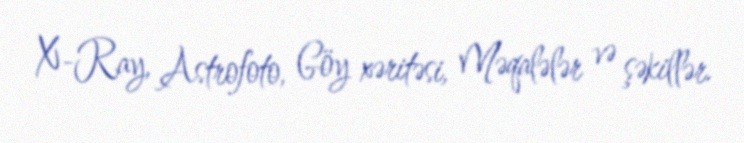
X-Ray, Astrofoto, Göy xəritəsi, Məqalələr və şəkillər.